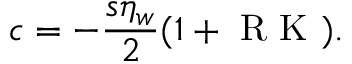
c = - \frac { s \eta _ { w } } { 2 } ( 1 + \mathrm { ~ R ~ K ~ } ) .